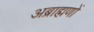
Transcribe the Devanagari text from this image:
अब्राह्मणों